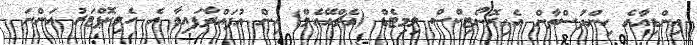
އިންޑިއާގެ ހިންދުސްތާން އެއިރޮނޯޓިކްސް ލިމިޓެޑް (އެޗްއޭއެލް) އިން އުފައްދާފައިވާ އެ ހެލިކޮޕްޓަރު އަންނަ